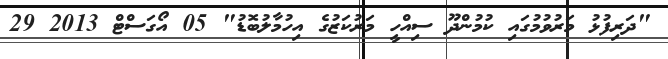
"ދަރިފުޅު މަރުވުމުގައި ކުމުންދޫ ސިއްހީ މަރުކަޒުގެ އިހުމާލުބޮޑު" 05 އޯގަސްޓް 2013 29